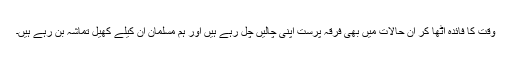
وقت کا فائدہ اٹھا کر ان حالات میں بھی فرقہ پرست اپنی چالیں چل رہے ہیں اور ہم مسلمان ان کیلے کھیل تماشہ بن رہے ہیں۔